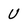
Character: U